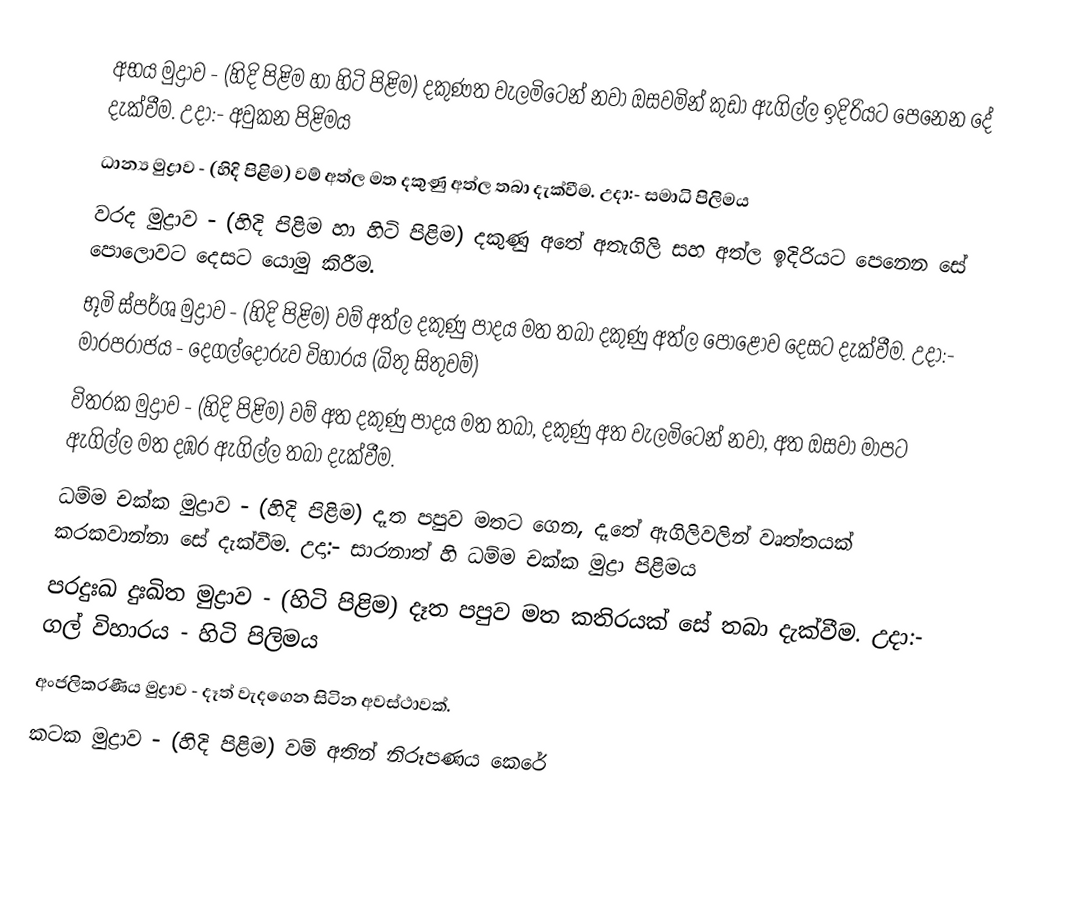
අභය මුද්‍රාව                      -        (හිදි පිළිම හා හිටි පිළිම) දකුණත වැලමිටෙන් නවා ඔසවමින් කුඩා ඇගිල්ල ඉදිරියට පෙනෙන දේ දැක්වීම. උදා:- අවුකන පිළිමය
 ධාන්‍ය මුද්‍රාව                    -        (හිදි පිළිම) වම් අත්ල මත දකුණු අත්ල තබා දැක්වීම. උදා:- සමාධි පිලිමය
 වරද මුද්‍රාව                       -        (හිදි පිළිම හා හිටි පිළිම) දකුණු අතේ අතැගිලි සහ අත්ල ඉදිරියට පෙනෙන සේ පොලොවට දෙසට යොමු කිරීම.
 භූමි ස්පර්ශ මුද්‍රාව              -        (හිදි පිළිම) වම් අත්ල දකුණු පාදය මත තබා දකුණු අත්ල පොළෝව දෙසට දැක්වීම. උදා:- මාරපරාජය - දෙගල්දොරුව විහාරය (බිතු සිතුවම්)
 විතරක මුද්‍රාව                   -        (හිදි පිළිම) වම් අත දකුණු පාදය මත තබා, දකුණු අත වැලමිටෙන් නවා, අත ඔසවා මාපට ඇගිල්ල මත දඹර ඇගිල්ල තබා දැක්වීම.
 ධම්ම චක්ක මුද්‍රාව             -        (හිදි පිළිම) දෑත පපුව මතට ගෙන, දෑතේ ඇගිලිවලින් වෘත්තයක් කරකවාන්නා සේ දැක්වීම. උදා:- සාරනාත් හි ධම්ම චක්ක මුද්‍රා පිළිමය
 පරදුඃඛ දුඃඛිත මුද්‍රාව           -         (හිටි පිළිම) දෑත පපුව මත කතිරයක් සේ තබා දැක්වීම. උදා:- ගල් විහාරය - හිටි පිලිමය
 අංජලිකරණීය මුද්‍රාව          -         දෑත් වැදගෙන සිටින අවස්ථාවක්.
 කටක මුද්‍රාව                     -         (හිදි පිළිම) වම් අතින් නිරූපණය කෙරේ